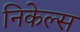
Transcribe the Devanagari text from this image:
निकेल्स